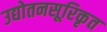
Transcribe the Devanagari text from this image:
उद्योतनसूरिकृत